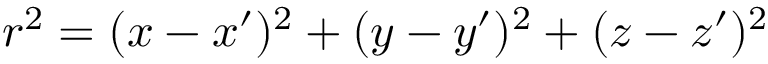
r ^ { 2 } = ( x - x ^ { \prime } ) ^ { 2 } + ( y - y ^ { \prime } ) ^ { 2 } + ( z - z ^ { \prime } ) ^ { 2 }